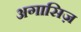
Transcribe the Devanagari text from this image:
अगासिज़